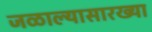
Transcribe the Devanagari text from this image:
जळाल्यासारख्या